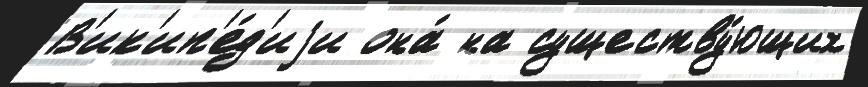
В'ик'ип'е́д'иjи она́ на существу́ющих